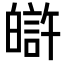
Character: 𤾟